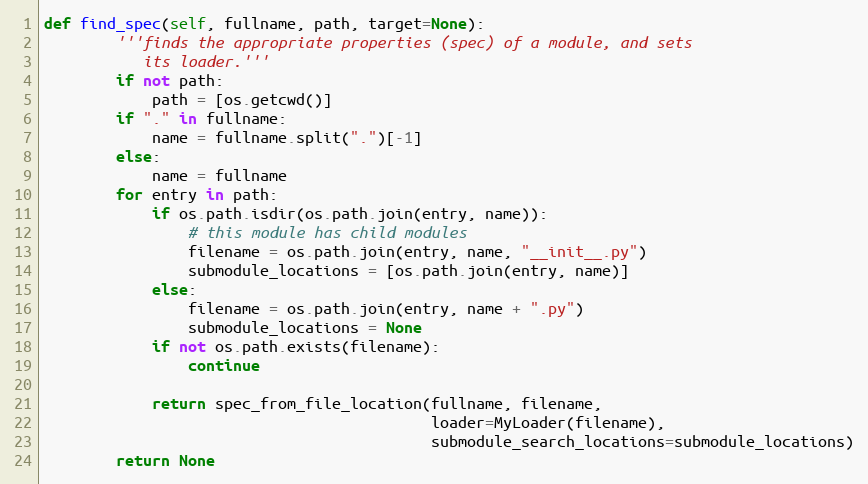
Language: Python
def find_spec(self, fullname, path, target=None):
        '''finds the appropriate properties (spec) of a module, and sets
           its loader.'''
        if not path:
            path = [os.getcwd()]
        if "." in fullname:
            name = fullname.split(".")[-1]
        else:
            name = fullname
        for entry in path:
            if os.path.isdir(os.path.join(entry, name)):
                # this module has child modules
                filename = os.path.join(entry, name, "__init__.py")
                submodule_locations = [os.path.join(entry, name)]
            else:
                filename = os.path.join(entry, name + ".py")
                submodule_locations = None
            if not os.path.exists(filename):
                continue

            return spec_from_file_location(fullname, filename,
                                           loader=MyLoader(filename),
                                           submodule_search_locations=submodule_locations)
        return None